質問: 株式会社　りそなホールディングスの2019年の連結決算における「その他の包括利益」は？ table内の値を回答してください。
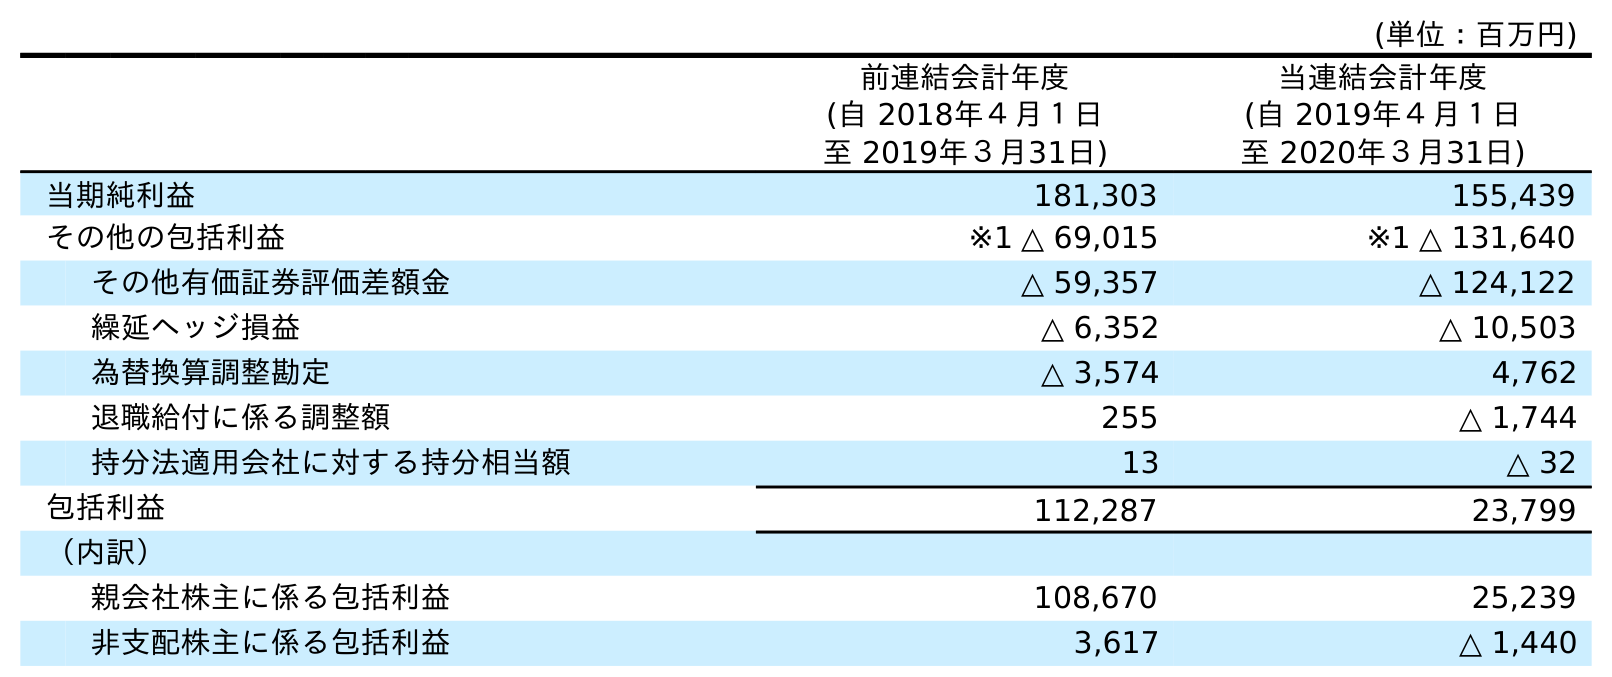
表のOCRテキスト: (単位：百万円) 前連結会計年度 (自 2018年４月１日 至 2019年３月31日) 当連結会計年度 (自 2019年４月１日 至 2020年３月31日) 当期純利益 181,303 155,439 その他の包括利益 ※1 △ 69,015 ※1 △ 131,640 その他有価証券評価差額金 △ 59,357 △ 124,122 繰延ヘッジ損益 △ 6,352 △ 10,503 為替換算調整勘定 △ 3,574 4,762 退職給付に係る調整額 255 △ 1,744 持分法適用会社に対する持分相当額 13 △ 32 包括利益 112,287 23,799 （内訳） 親会社株主に係る包括利益 108,670 25,239 非支配株主に係る包括利益 3,617 △ 1,440
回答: ※1△69,015